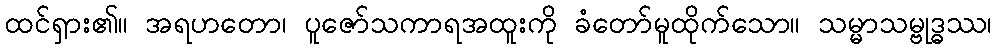
ထင်ရှား၏။ အရဟတော၊ ပူဇော်သကာရအထူးကို ခံတော်မူထိုက်သော။ သမ္မာသမ္ဗုဒ္ဓဿ၊